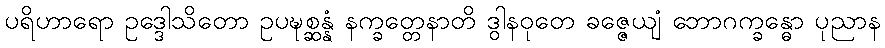
ပရိဟာရော ဥဒ္ဒေါသိတော ဥပဍ္ဎစ္ဆန္နံ နက္ခတ္တေနာတိ ဒွါနဝုတေ ခဇ္ဇေယျံ ဘောဂက္ခန္ဓော ပုညာန